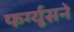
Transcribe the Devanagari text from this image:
फर्ग्यूसने